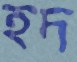
হদ